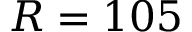
R = 1 0 5